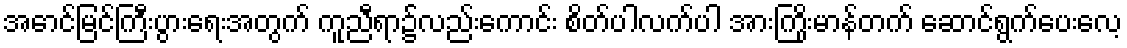
အောင်မြင်ကြီးပွားရေးအတွက် ကူညီရာ၌လည်းကောင်း စိတ်ပါလက်ပါ အားကြိုးမာန်တက် ဆောင်ရွက်ပေးလေ့